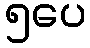
၅ပေ